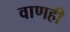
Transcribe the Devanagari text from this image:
वाणही